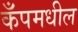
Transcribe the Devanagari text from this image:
कँपमधील